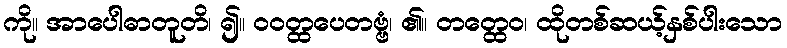
ကို။ အာပေါဓာတူတိ၊ ၍။ ဝဝတ္ထပေတဗ္ဗံ၊ ၏။ တတ္ထေဝ၊ ထိုတစ်ဆယ့်နှစ်ပါးသော